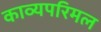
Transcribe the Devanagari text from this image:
काव्यपरिमल